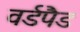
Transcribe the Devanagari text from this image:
वर्डपैड